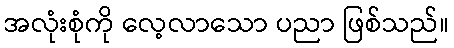
အလုံးစုံကို လေ့လာသော ပညာ ဖြစ်သည်။